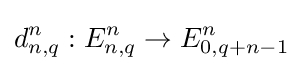
d_{n,q}^{n}:E_{n,q}^{n}\to E_{0,q+n-1}^{n}